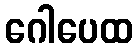
ဂေါပေထ